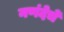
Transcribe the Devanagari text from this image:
नणंदेचें